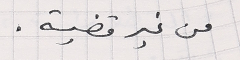
من غير قضية.